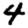
Digit: 4